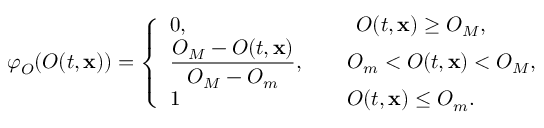
\varphi _ { O } ( O ( t , \mathbf { x } ) ) = \left\{ \begin{array} { l l } { 0 , \qquad \qquad \qquad \quad \quad O ( t , \mathbf { x } ) \geq O _ { M } , } \\ { \displaystyle \frac { O _ { M } - O ( t , \mathbf { x } ) } { O _ { M } - O _ { m } } , \quad \quad O _ { m } < O ( t , \mathbf { x } ) < O _ { M } , } \\ { \displaystyle 1 \qquad \qquad \quad \qquad \quad O ( t , \mathbf { x } ) \leq O _ { m } . } \end{array} \right.